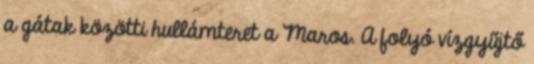
a gátak közötti hullámteret a Maros. A folyó vízgyűjtő